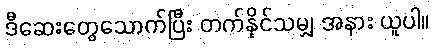
ဒီဆေးတွေသောက်ပြီး တက်နိုင်သမျှ အနား ယူပါ။